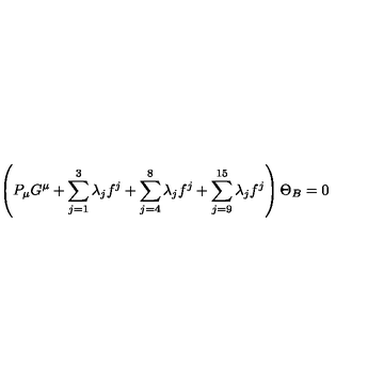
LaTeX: \left( P _ { \mu } G ^ { \mu } + \sum _ { j = 1 } ^ { 3 } \lambda _ { j } f ^ { j } + \sum _ { j = 4 } ^ { 8 } \lambda _ { j } f ^ { j } + \sum _ { j = 9 } ^ { 1 5 } \lambda _ { j } f ^ { j } \right) \Theta _ { B } = 0